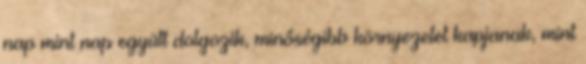
nap mint nap együtt dolgozik, minőségibb környezetet kapjanak, mint